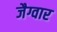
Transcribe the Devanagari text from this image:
जैग्वार